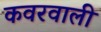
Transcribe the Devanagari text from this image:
कवरवाली